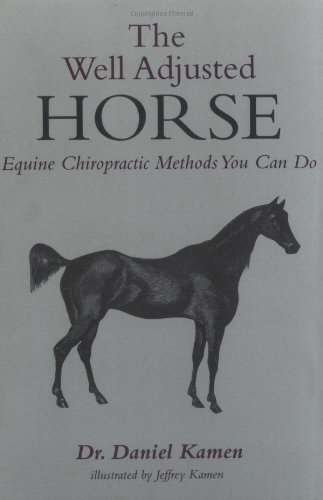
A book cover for The Well Adjusted Horse: Equine Chiropractic Methods You Can Do; Brookline Books/Lumen Editions; Medical Books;